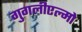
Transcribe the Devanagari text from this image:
गुगलीएल्मो